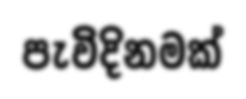
පැවිදිනමක්